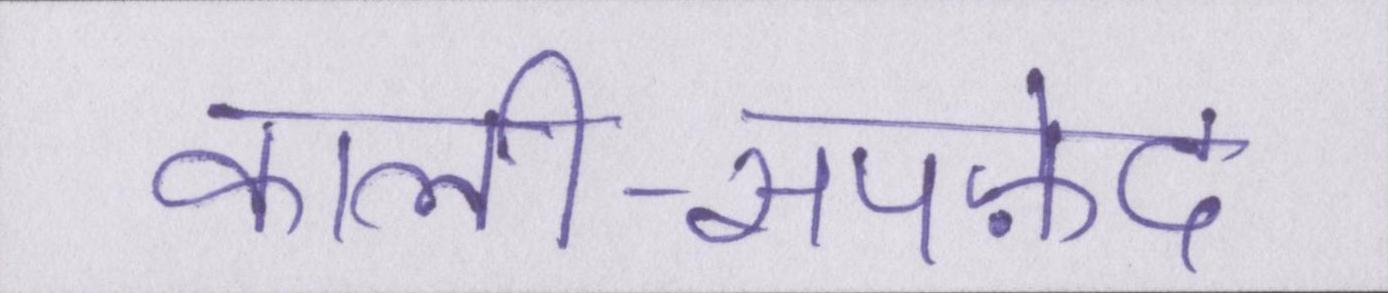
काली-सपफ़ेद